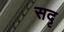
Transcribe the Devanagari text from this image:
सदृ